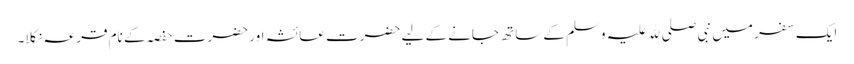
ایک سفر میں نبی صلی ﷲ علیہ وسلم کے ساتھ جانے کے لیے حضرت عائشہ اور حضرت حفصہ کے نام قرعہ نکلا۔